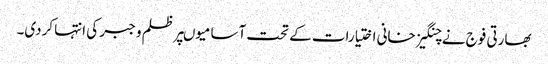
بھارتی فوج نے چنگیز خانی اختیارات کے تحت آسامیوںپر ظلم و جبر کی انتہا کردی۔